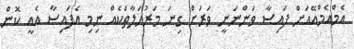
އެމްއެމްއޭއަށް ފައިސާ ވަންނަނީ ވަރަށް ގިނަ މަރުހަލާތަކެއް ނިމި އެފައިސާ އެއީ ކޮން